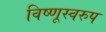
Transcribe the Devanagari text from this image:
विष्णूस्वरुप